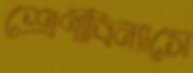
শ্রেণীবিন্যাসে